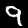
Label: 9